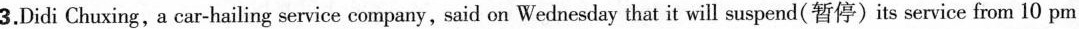
3.Didi Chuxing,a car-hailing service company, said on Wednesday that it will suspend(暂停)its service from 10 pm